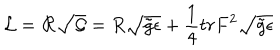
{ \cal L } = { \cal R } \sqrt { \cal G } = { R } \sqrt { \tilde { g } \epsilon } + \frac { 1 } { 4 } t r { F } ^ { 2 } \sqrt { \tilde { g } \epsilon }